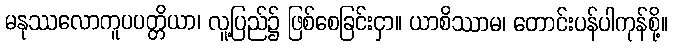
မနုဿလောကူပပတ္တိယာ၊ လူ့ပြည်၌ ဖြစ်စေခြင်းငှာ။ ယာစိဿာမ၊ တောင်းပန်ပါကုန်စို့။